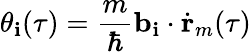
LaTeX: \theta_{\mathbf{i}}(\tau)=\frac{{m}}{{\hbar}}\textbf{{b}}_{\mathbf{i}}\cdot\dot{{\textbf{{r}}}}_{m}(\tau)